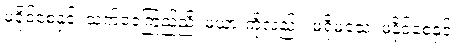
မခိုင်စေနှင့်၊ သက်ဝေကြည်ညို၊ မယားကိုလည်း၊ မရိုမသေ၊ မနိုင်စေနှင့်၊